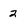
Character: 2